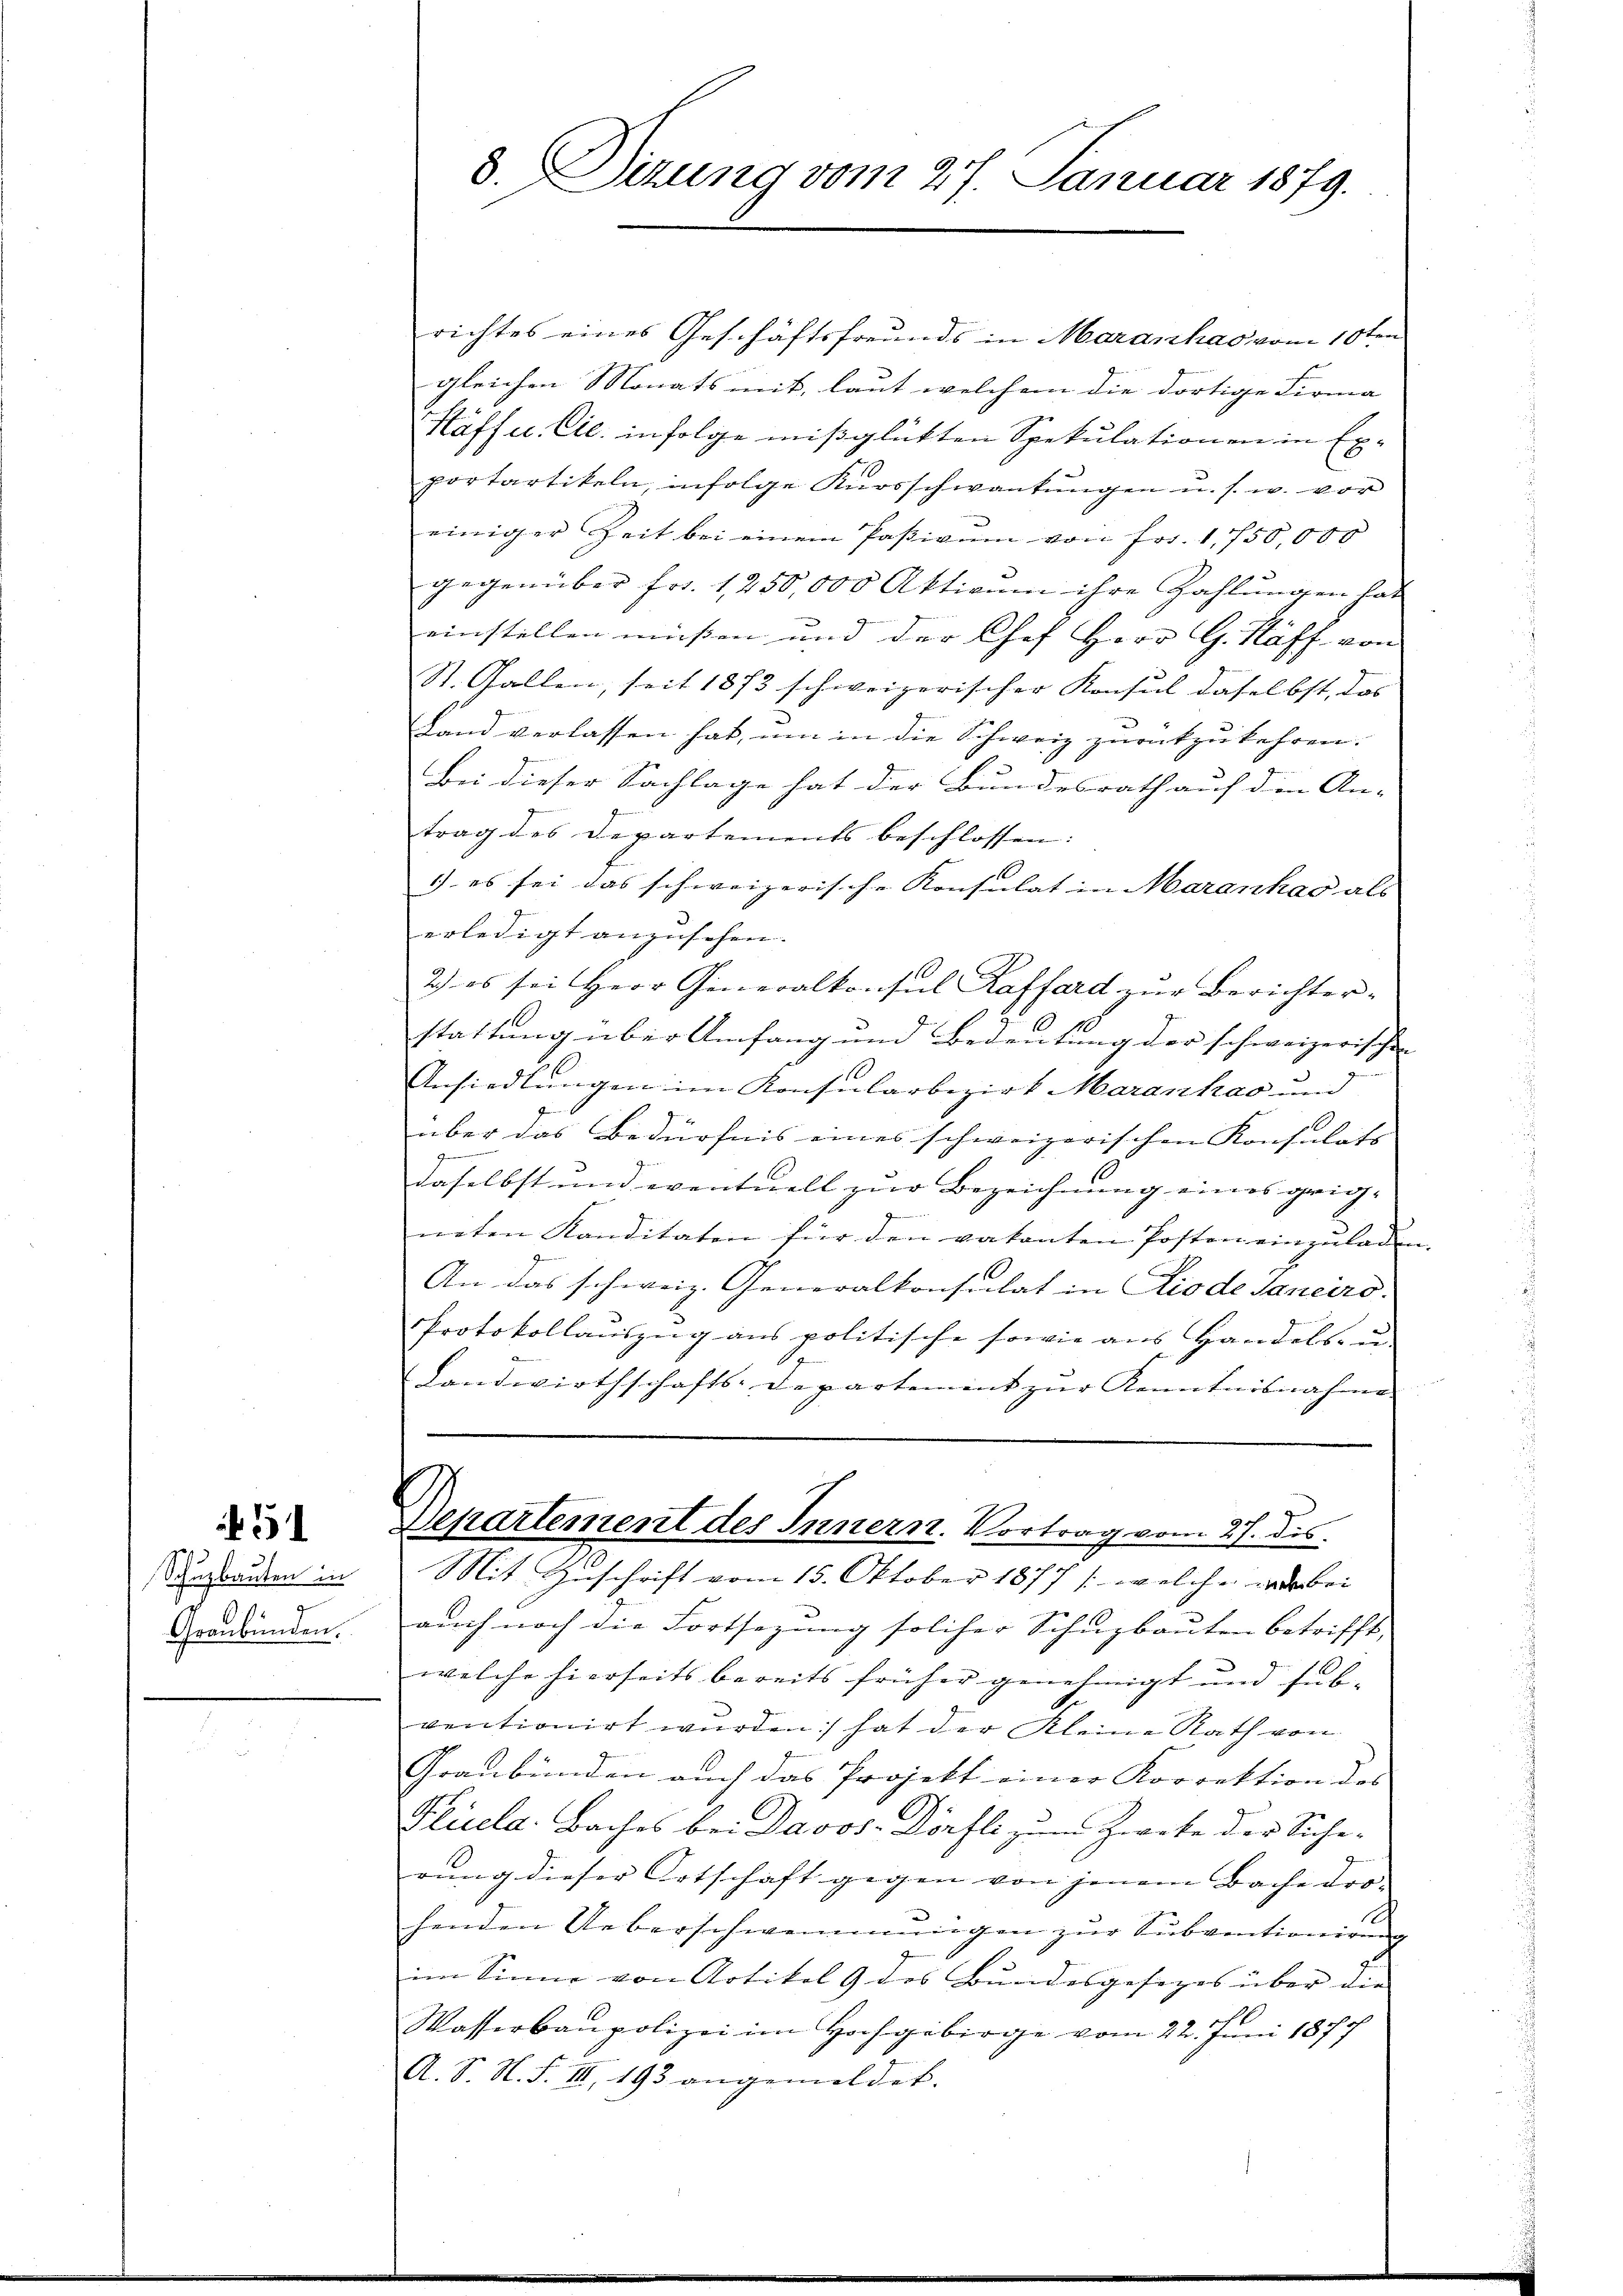
Schuzbauten in
Graubünden.

51

d. Dizung vom 27. Januar 1879.

richtes eines Geschäftsfreunds in Maranhas vom 10ten
gleichen Monats mit, laut welchen die dortige Firma
Haff u. Cie infolge mißglükten Spekulationen in Ex-
portartikeln, infolge Kŭrsschwankŭngen u. s. w. vor
einiger Zeit bei einem Passivum von Fr. 1750,000
gegenüber Fr. 1250,000 Aktivum ihre Zahlungen hat
einstellen müßen und der Chef Herr G. Haff von
St. Gallen, seit 1873 schweizerischer Konsul daselbst, das
Land verlassen hat, um in die Schweiz zurückzukehren.
Bei dieser Sachlage hat der Bundesrath auf die An-
trag des Departements beschlossen:
1) es sei das schweizerische Konsulat in Maranhas als
erledigt anzusehen.
2) es sei Herr Generalkonsul Kaffard zur Berichter-
stattung über Umfang und Bedeutung der schweizerischen |
Ansiedlungen im Konsularbezirk Maranhas und
über das Bedürfnis eines schweizerischen Konsulats
daselbst und eventuell zur Bezeichnung eines geeig- |
neten Kanditaten für den vakanten Posten einzuladen.
1
An das schweiz. Generalkonsulat in Rio de Sanciro
Protokollauszug aus politische sowie aus Handels- u.
Landwirthschafts-Departement zur Kenntnisnahme
Departement des Innern. Vortrag vom 27. dis.
Mit Geschrift vom 15. Oktober 1877 /: welche war bei
auch noch die Fortsezung solcher Schuzbauten betrifft,
welche hierseits bereits früher genehmigt und fühventionirt wurden: hat der Kleine Rath von
Graubünden auch das Projekt einer Korrektion des
Plicela Baches bei Davos- Dörfli zum Zweke der Siche-
rung dieser Ortschaft gegen von jenem Bache vor-
c
henden Ueberschwemmungen zur Subventionirung
im Sinne von Artikel 9 des Bundesgesezes über die
Wasserbaupolizei im Hochgebirge vom 22. Juni 1877
A. S. N. F. III 193 angemeldet.